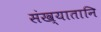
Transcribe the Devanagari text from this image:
संख्यातानि